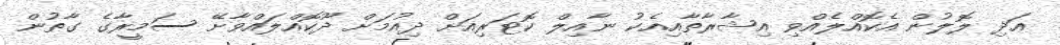
އަދި ލޮލުން އެކޮއްލެއްވި އިޝާރާތާއިއެކު ނާއިލް ކޮޓަރިއަށް ދިއުމަށް ދޫކޮއްލައްވާށޭ ސަމީރާގެ ގާތުން